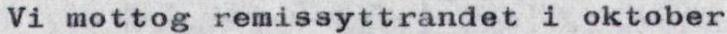
Vi mottog remissyttrandet i oktober